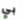
بي